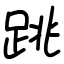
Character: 跳